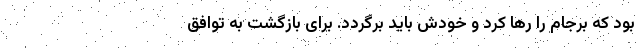
بود که برجام را رها کرد و خودش باید برگردد. برای بازگشت به توافق